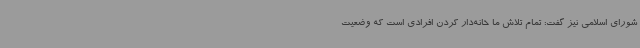
شورای اسلامی نیز گفت: تمام تلاش ما خانه‌دار کردن افرادی است که وضعیت